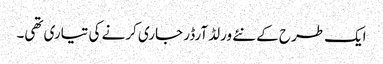
ایک طرح کے نئے ورلڈ آرڈر جاری کرنے کی تیاری تھی۔